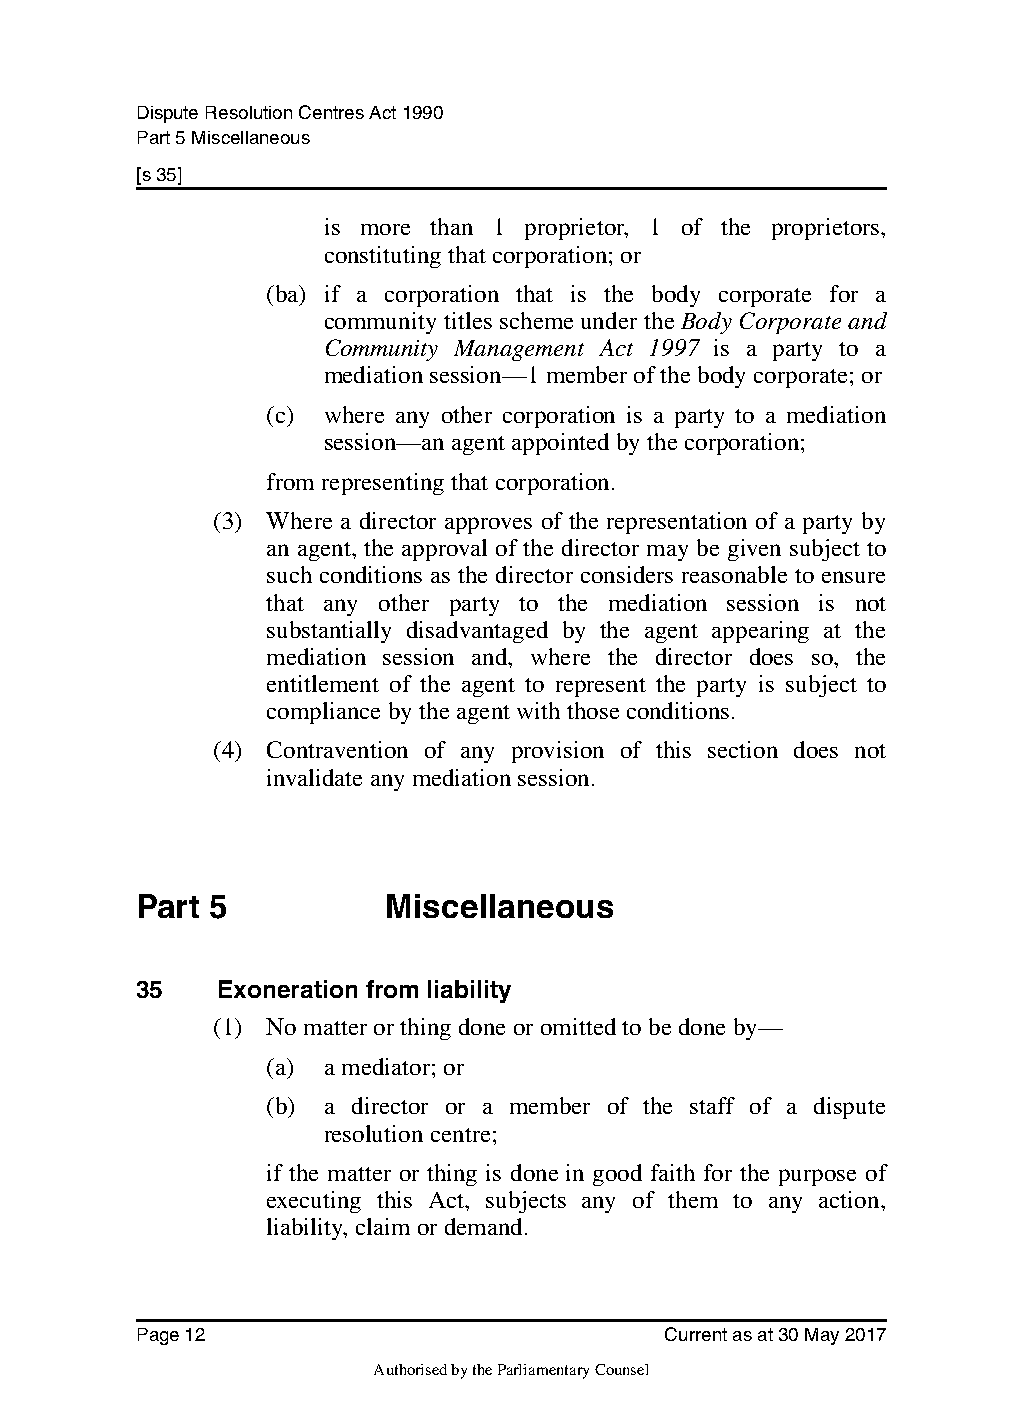
Dispute Resolution Centres Act 1990
 Part 5 Miscellaneous
 [s 35]
 is more than 1 proprietor, 1 of the proprietors,
 constituting that corporation; or
 (ba) if a corporation that is the body corporate for a
 community titles scheme under the Body Corporate and
 Community Management Act 1997 is a party to a
 mediation session—1 member of the body corporate; or
 (c) where any other corporation is a party to a mediation
 session—an agent appointed by the corporation;
 from representing that corporation.
 (3) Where a director approves of the representation of a party by
 an agent, the approval of the director may be given subject to
 such conditions as the director considers reasonable to ensure
 that any other party to the mediation session is not
 substantially disadvantaged by the agent appearing at the
 mediation session and, where the director does so, the
 entitlement of the agent to represent the party is subject to
 compliance by the agent with those conditions.
 (4) Contravention of any provision of this section does not
 invalidate any mediation session.
 Part 5           Miscellaneous
 35    Exoneration from liability
 (1) No matter or thing done or omitted to be done by—
 (a) a mediator; or
 (b) a director or a member of the staff of a dispute
 resolution centre;
 if the matter or thing is done in good faith for the purpose of
 executing this Act, subjects any of them to any action,
 liability, claim or demand.
 Page 12                            Current as at 30 May 2017
 Authorised by the Parliamentary Counsel